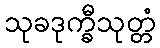
သုခဒုက္ခီသုတ္တံ